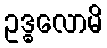
ဥဒ္ဓလောမိ